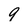
Character: 9